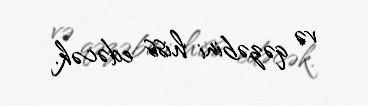
və qəzəbini hiss edəcək.